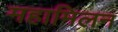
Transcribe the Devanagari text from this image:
महामिलन